Annual report of the Punjab Veterinary College and of the Civil Veterinary Department, Punjab - 1926-1932
Year: 1926
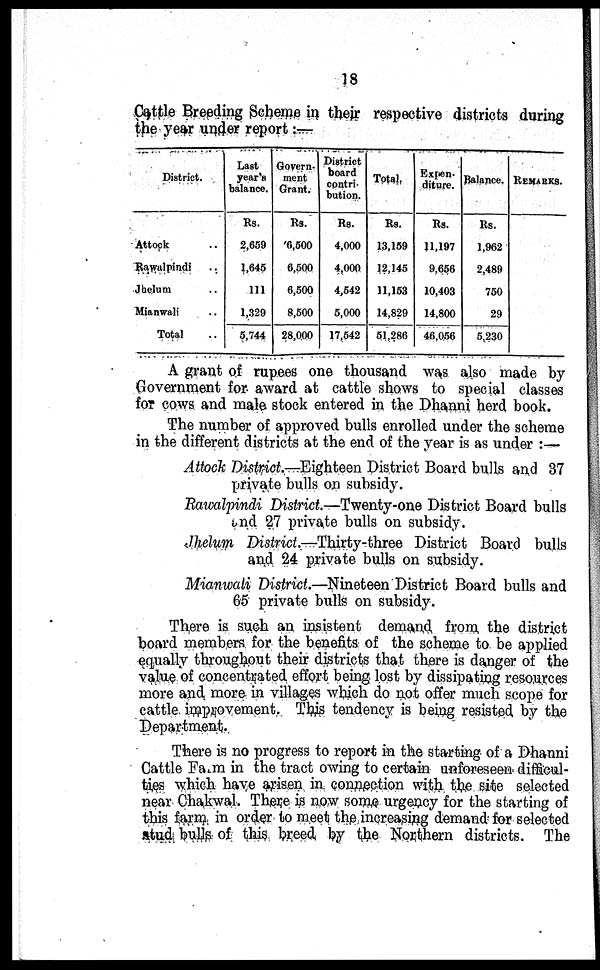
18
Cattle Breeding Scheme in their respective districts during
the year under report:—
District.
Attock ..
Rawalpindi ..
Jhelum ..
Mianwali ..
Total ..
Last
year's
balance.
Rs.
2,659
1,645
111
1,329
5,744
Govern-
ment
Grant.
Rs.
6,500
6,500
6,500
8,500
28,000
District
board
contri-
bution.
Rs.
4,000
4,000
4,542
5,000
17,542
Total,
Rs.
13,159
12,145
11,153
14,829
51,286
Expen-
diture.
Rs.
11,197
9,656
10,403
14,800
46,056
Balance.
Rs.
1,962
2,489
750
29
5,230
REMARKS.
A grant of rupees one thousand was also made by
Government for award at cattle shows to special classes
for cows and male stock entered in the Dhanni herd book.
The number of approved bulls enrolled under the scheme
in the different districts at the end of the year is as under :—
Attock District.—Eighteen District Board bulls and 37
private bulls on subsidy.
Rawalpindi District.—Twenty-one District Board bull
and 27 private bulls on subsidy.
Jhelum District.—Thirty-three District Board bulls
and 24 private bulls on subsidy.
Mianwali District.—Nineteen District Board bulls and
65 private bulls on subsidy.
There is such an insistent demand from the district
board members for the benefits of the scheme to be applied
equally throughout their districts that there is danger of the
value of concentrated effort being lost by dissipating resources
more and more in villages which do not offer much scope for
cattle improvement. This tendency is being resisted by the
Department.
There is no progress to report in the starting of a Dhanni
Cattle Farm in the tract owing to certain unforeseen difficul-
ties which have arisen in connection with the site selected
near Chakwal. There is now some urgency for the starting of
this farm in order to meet the increasing demand for selected
stud bulls of this breed by the Northern districts. The